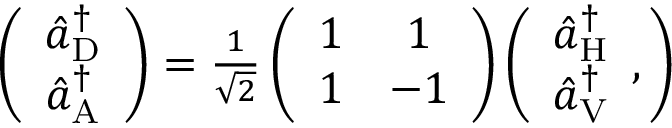
\begin{array} { r } { \left( \begin{array} { c } { \hat { a } _ { \mathrm { D } } ^ { \dagger } } \\ { \hat { a } _ { \mathrm { A } } ^ { \dagger } } \end{array} \right) = \frac { 1 } { \sqrt { 2 } } \left( \begin{array} { c c } { 1 } & { 1 } \\ { 1 } & { - 1 } \end{array} \right) \left( \begin{array} { c } { \hat { a } _ { \mathrm { H } } ^ { \dagger } } \\ { \hat { a } _ { \mathrm { V } } ^ { \dagger } } \end{array} , \right) } \end{array}